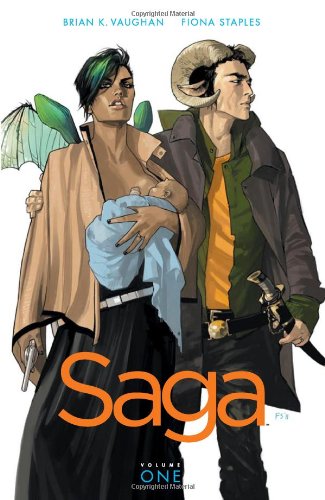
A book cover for Saga, Vol. 1; Brian K. Vaughan; Comics & Graphic Novels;